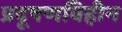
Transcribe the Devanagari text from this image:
प्रदूषणविहीन